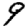
Digit: 9